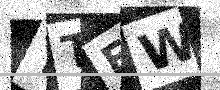
Text: YTFW